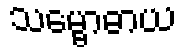
သမ္ဗောဓာယ